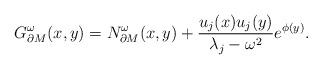
LaTeX: \begin{align*}G^\omega_{\partial M}(x,y) = N^\omega_{\partial M}(x,y) +\frac{u_j(x)u_j(y)}{\lambda_j-\omega^2}e^{\phi(y)}.\end{align*}